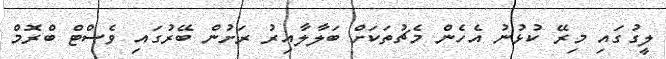
ލީގުގައި މިރޭ ކުޅުނު އެހެން މެޗުތަކަށް ބަލާލާއިރު ރަށުން ބޭރުގައި ވެސްްޓް ބްރޮމް